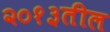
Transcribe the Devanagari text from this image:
२०१३तील